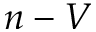
n - V